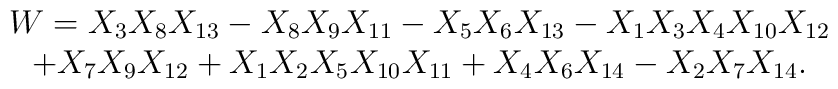
\begin{array}{c}W = X_{3} X_{8} X_{13} - X_{8} X_{9} X_{11} - X_{5} X_{6} X_{13} - X_{1} X_{3} X_{4} X_{10} X_{12} \\+ X_{7} X_{9} X_{12} + X_{1} X_{2} X_{5} X_{10} X_{11} + X_{4} X_{6} X_{14} - X_{2} X_{7} X_{14}.\end{array}